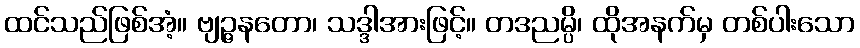
ထင်သည်ဖြစ်အံ့။ ဗျဉ္ဇနတော၊ သဒ္ဒါအားဖြင့်။ တဒညမ္ပိ၊ ထိုအနက်မှ တစ်ပါးသော